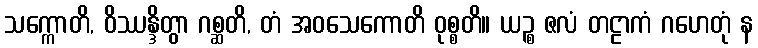
သက္ကောတိ, ဝိဿန္ဒိတွာ ဂစ္ဆတိ, တံ အဝသေကောတိ ဝုစ္စတိ။ ယဉ္စ ဇလံ တဠာကံ ဂဟေတုံ န